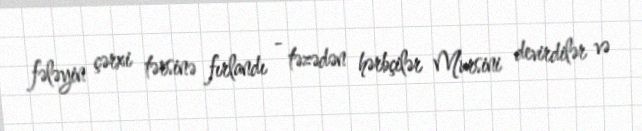
fələyin çərxi tərsinə fırlandı - təzədən hərbçilər Mursini devirdilər və